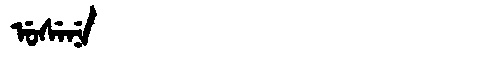
Manchu: ᡠᠰᡝᠨᡝ
Romanization: USENE